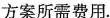
方案所需费用。